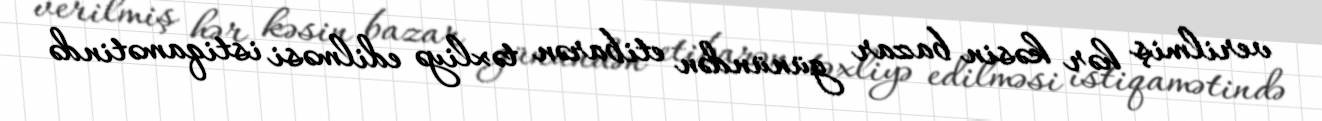
verilmiş hər kəsin bazar günündən etibarən təxliyə edilməsi istiqamətində